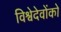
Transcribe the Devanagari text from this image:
विश्वेदेवोंको